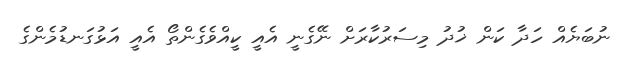
ނުބަޔެއް ހަދާ ކަން ޚުދު މިސަރުކާރަށް ނޭގެނީ އެއީ ކީއްވެގެންތޯ އެއީ އަޅުގަނޑުމެންގެ